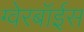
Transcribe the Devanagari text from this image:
ग्‍वेरबॉईस